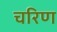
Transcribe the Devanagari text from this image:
चरिण